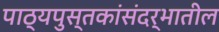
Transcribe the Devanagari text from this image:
पाठ्यपुस्तकांसंदर्भातील